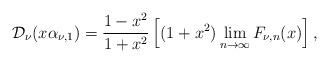
LaTeX: \begin{align*}\mathcal{D}_{\nu}(x\alpha_{\nu,1})=\frac{1-x^2}{1+x^2}\left[(1+x^2)\lim_{n\rightarrow \infty}F_{\nu,n}(x)\right],\end{align*}